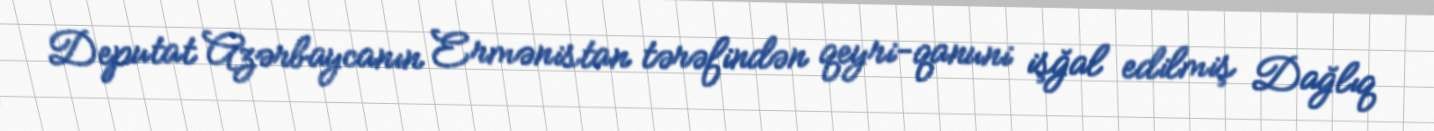
Deputat Azərbaycanın Ermənistan tərəfindən qeyri-qanuni işğal edilmiş Dağlıq